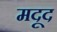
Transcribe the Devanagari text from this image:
मदूद